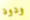
ودود